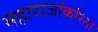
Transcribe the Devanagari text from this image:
महाराजांकरिता